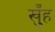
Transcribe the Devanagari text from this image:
खुँह